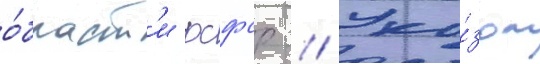
о́бласт'и рсфср // Ука́зом